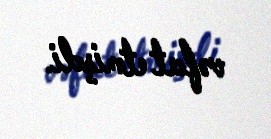
vəfat etmişdi.